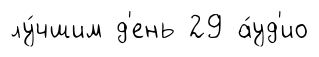
лу́чшим д'ень 29 а́уд'ио